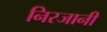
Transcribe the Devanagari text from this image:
निरजानी